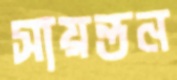
সায়ন্তন